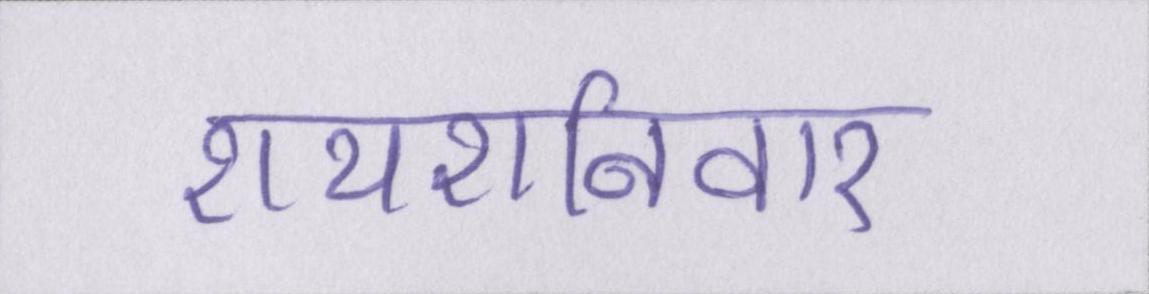
रायशनिवार